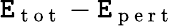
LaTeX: \mathtt{E}_{\mathrm{{~t~o~t~}}}-\mathtt{E}_{\mathrm{{~p~e~r~t~}}}